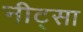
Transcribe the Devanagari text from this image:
नीट्सा